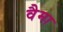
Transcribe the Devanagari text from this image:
वैमा